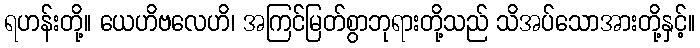
ရဟန်းတို့။ ယေဟိဗလေဟိ၊ အကြင်မြတ်စွာဘုရားတို့သည် သိအပ်သောအားတို့နှင့်။